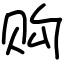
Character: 购